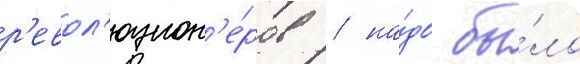
р'евол'юцион'е́ров / на́до бы́ло